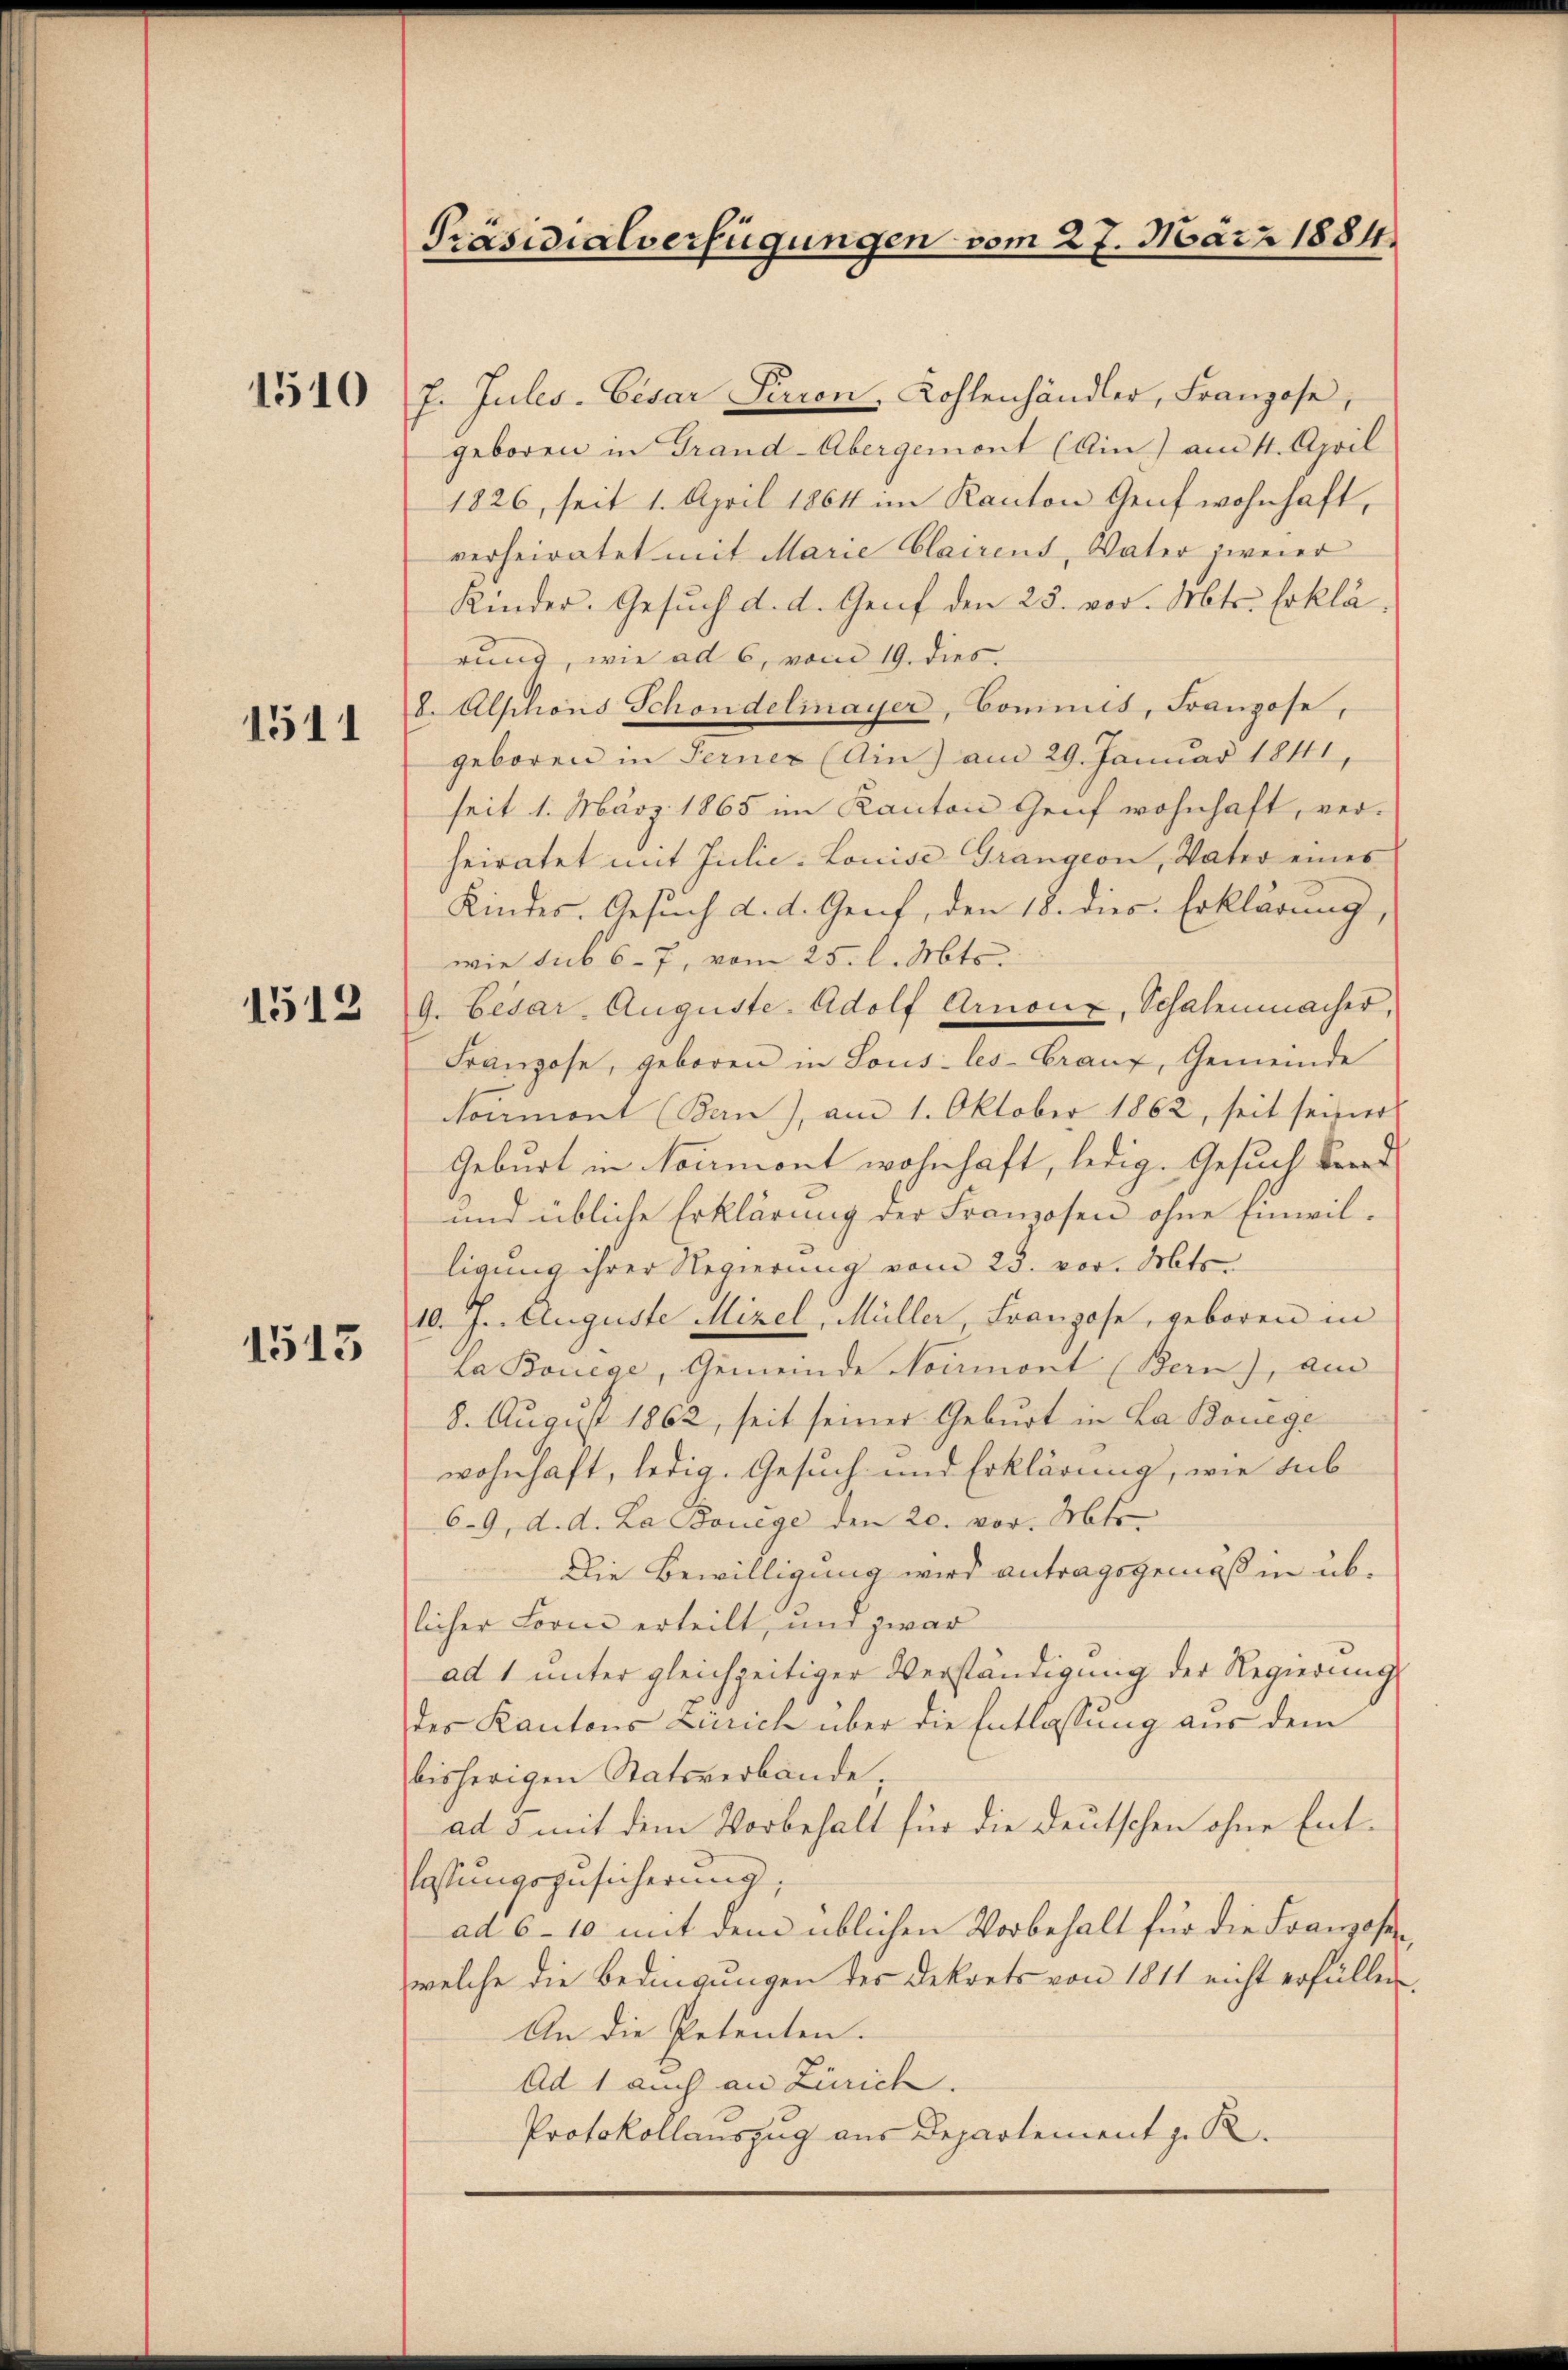
1510

1511

1512

1513

7. Jules-Eisar Perion, Kohlenhändler, Franzose,
geboren in Grand-Übergemont (Ain) am 11. April
1826, seit 1. April 1864 im Kanton Genf wohnhaft,
verheiratet mit Marie Clairens, Vater zweier
Kinder. Gesuch d. d. Genf den 25. vor. Mts. Erklärung, wie ad 6, vom 19. dies
8. Alphons Schondelmayer, Commis, Franzose
geboren in Ferner (Ain) am 29. Januar 1811,
seit 1. März 1865 im Kanton Genf wohnhaft, ver-
heiratet mit Julie-Louise Grangeon, Vater eines
Kindes. Gesuch d. d. Genf, den 18. dies Erklärung,
wie sub 6-7, vom 25. l. Mts.
9. Cesar Auguste-Adolf Arnon, Schalenmacher,
Franzose, geboren in Sous-les-Granz, Gemeinde
Noumont (Ban), am 1. Oktober 1862, seit seiner
Geburt in Normont wohnhaft, ledig. Gesuch bered
und übliche Erklärung der Franzosen ohne Einwil-
ligung ihrer Regierung vom 23. vor. Mts.
10. J. Auguste Mizel, Müller, Franzose, geboren in
La Bonege, Gemeinde Noumont (Bern), au
8. August 1862, seit seiner Geburt in La Bouege
wohnhaft, ledig. Gesuch und Erklärung, wie sub
69, d. d. La Bonege den 20. vor. Mts.
Die Bewilligung wird antragsgemäß in üblicher Form erteilt, und zwar
ad 1 unter gleichzeitiger Verständigung der Regierung
des Kantons Zürich über die Entlassung aus dem
bisherigen Statsverbände,
ad 3 mit dem Vorbehalt für die deutschen ohne Entlassungszusicherung;
ad 6–10 mit dem üblichen Vorbehalt für die Franzosewelche die Bedingungen des Dekrets von 1811 nicht erfüllen
An die Petenten.
Ad 1 auch an Zürich.
Protokollauszug aus Departement z. R.

Präsidialverfügungen vom 27. März 1884